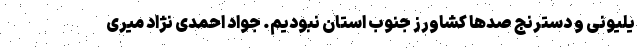
یلیونی و دسترنج صدها کشاورز جنوب استان نبودیم. جواد احمدی نژاد میری